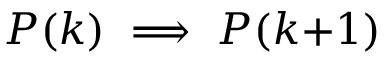
P ( k ) \implies P ( k { + } 1 )